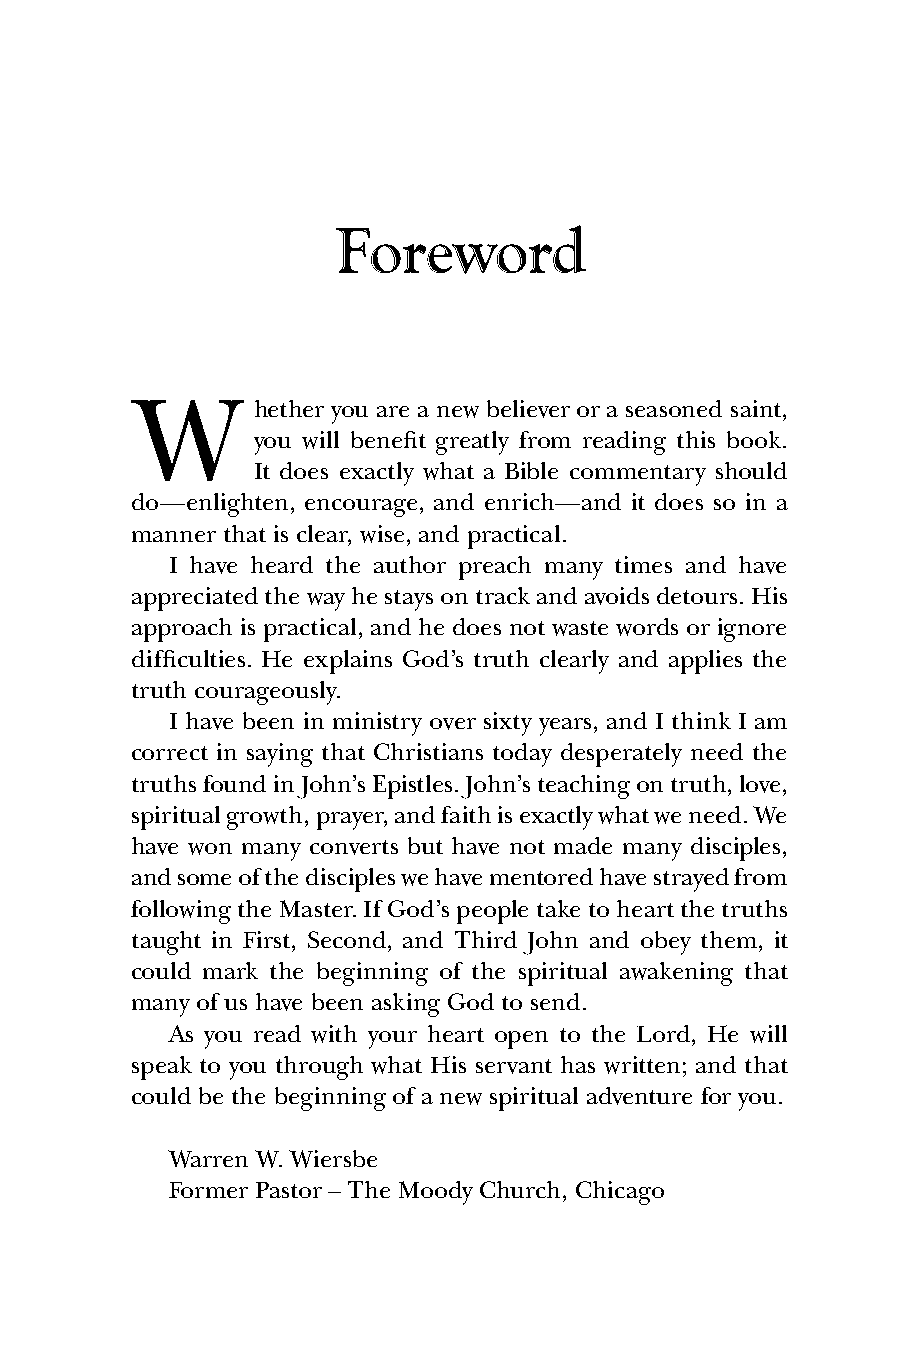
Foreword
 W
 hether you are a new believer or a seasoned saint,
 you will benefit greatly from reading this book.
 It does exactly what a Bible commentary should
 do—enlighten, encourage, and enrich—and it does so in a
 manner that is clear, wise, and practical.
 I have heard the author preach many times and have
 appreciated the way he stays on track and avoids detours. His
 approach is practical, and he does not waste words or ignore
 difficulties. He explains God’s truth clearly and applies the
 truth courageously.
 I have been in ministry over sixty years, and I think I am
 correct in saying that Christians today desperately need the
 truths found in John’s Epistles. John’s teaching on truth, love,
 spiritual growth, prayer, and faith is exactly what we need. We
 have won many converts but have not made many disciples,
 and some of the disciples we have mentored have strayed from
 following the Master. If God’s people take to heart the truths
 taught in First, Second, and Third John and obey them, it
 could mark the beginning of the spiritual awakening that
 many of us have been asking God to send.
 As you read with your heart open to the Lord, He will
 speak to you through what His servant has written; and that
 could be the beginning of a new spiritual adventure for you.
 Warren W. Wiersbe
 Former Pastor – The Moody Church, Chicago